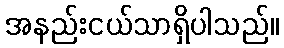
အနည်းငယ်သာရှိပါသည်။